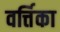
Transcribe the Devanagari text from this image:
वर्त्तिका